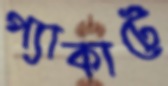
প্যাকাটে